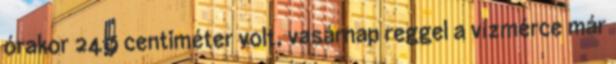
órakor 249 centiméter volt, vasárnap reggel a vízmérce már